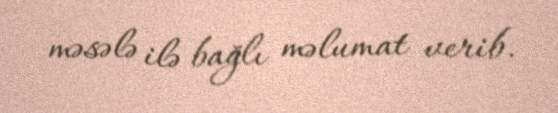
məsələ ilə bağlı məlumat verib.